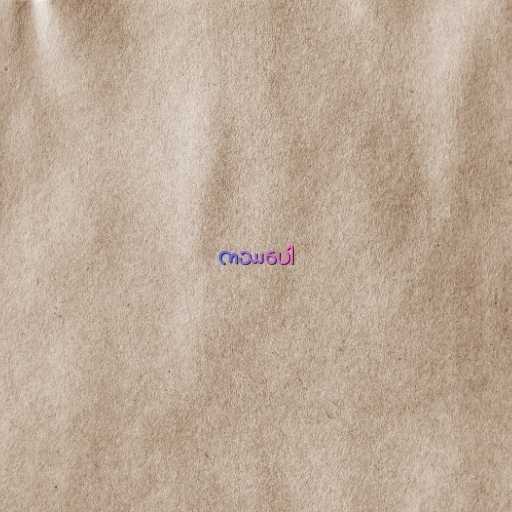
ကဿပေါ